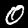
Label: 0